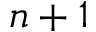
n + 1